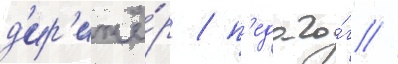
д'ир'ижё́р / п'едаго́г //